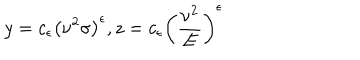
y = c _ { \epsilon } \left( \nu ^ { 2 } \sigma \right) ^ { \epsilon } , z = c _ { \epsilon } \left( \frac { \nu ^ { 2 } } { E } \right) ^ { \epsilon }